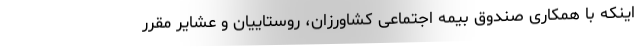
اینکه با همکاری صندوق بیمه اجتماعی کشاورزان، روستاییان و عشایر مقرر